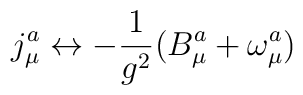
j^{a}_{\mu} \leftrightarrow - \frac{1}{g^{2}} (B^{a}_{\mu} +\omega^{a}_{\mu})